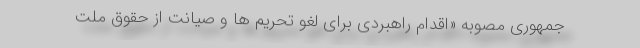
جمهوری مصوبه «اقدام راهبردی برای لغو تحریم ها و صیانت از حقوق ملت